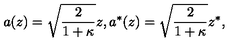
a ( z ) = \sqrt { \frac { 2 } { 1 + \kappa } } z , a ^ { * } ( z ) = \sqrt { \frac { 2 } { 1 + \kappa } } z ^ { * } ,